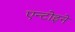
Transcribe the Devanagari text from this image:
एन्टोइने